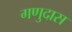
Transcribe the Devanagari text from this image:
गणुदास